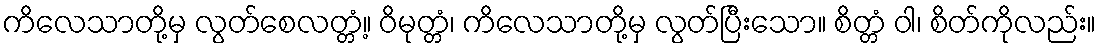
ကိလေသာတို့မှ လွတ်စေလတ္တံ့။ ဝိမုတ္တံ၊ ကိလေသာတို့မှ လွတ်ပြီးသော။ စိတ္တံ ဝါ၊ စိတ်ကိုလည်း။